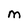
Character: M